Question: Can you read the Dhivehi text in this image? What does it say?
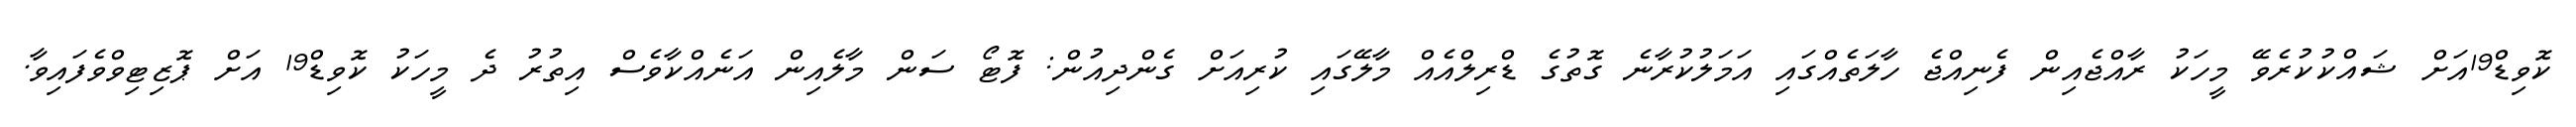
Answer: ކޮވިޑް19އަށް ޝައްކުކުރެވޭ މީހަކު ރާއްޖެއިން ފެނިއްޖެ ހާލަތެއްގައި އަމަލުކުރާނެ ގޮތުގެ ޑްރިލްއެއް މާލޭގައި ކުރިއަށް ގެންދިއުން: ފޮޓޯ ސަން މާލެއިން އަނެއްކާވެސް އިތުރު ދެ މީހަކު ކޮވިޑް19 އަށް ޕޮޒިޓިވްވެފައިވާ.